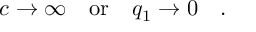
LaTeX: c \rightarrow \infty \quad \mathrm { o r } \quad q _ { 1 } \rightarrow 0 \quad .